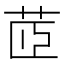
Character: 茝